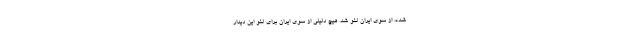
شده، از سوی ایران لغو شد. هیچ دلیلی از سوی ایران برای لغو این دیدار